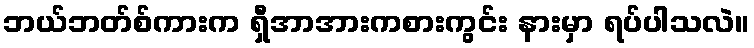
ဘယ်ဘတ်စ်ကားက ရှီအာအားကစားကွင်း နားမှာ ရပ်ပါသလဲ။